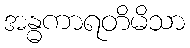
အန္ဓကာရတိမိသာ